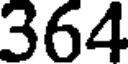
364